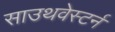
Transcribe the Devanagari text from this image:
साउथवेस्टर्न